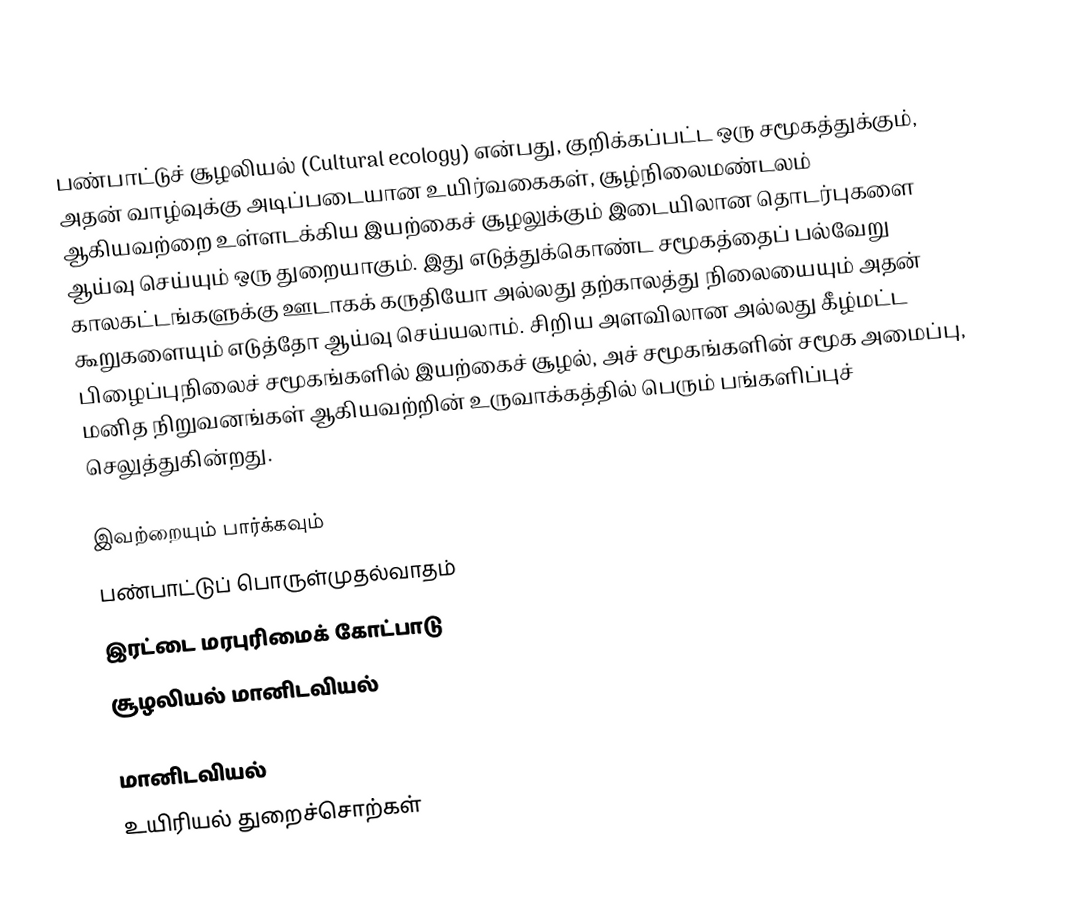
பண்பாட்டுச் சூழலியல் (Cultural ecology) என்பது, குறிக்கப்பட்ட ஒரு சமூகத்துக்கும், அதன் வாழ்வுக்கு அடிப்படையான உயிர்வகைகள், சூழ்நிலைமண்டலம் ஆகியவற்றை உள்ளடக்கிய இயற்கைச் சூழலுக்கும் இடையிலான தொடர்புகளை ஆய்வு செய்யும் ஒரு துறையாகும். இது எடுத்துக்கொண்ட சமூகத்தைப் பல்வேறு காலகட்டங்களுக்கு ஊடாகக் கருதியோ அல்லது தற்காலத்து நிலையையும் அதன் கூறுகளையும் எடுத்தோ ஆய்வு செய்யலாம். சிறிய அளவிலான அல்லது கீழ்மட்ட பிழைப்புநிலைச் சமூகங்களில் இயற்கைச் சூழல், அச் சமூகங்களின் சமூக அமைப்பு, மனித நிறுவனங்கள் ஆகியவற்றின் உருவாக்கத்தில் பெரும் பங்களிப்புச் செலுத்துகின்றது.

இவற்றையும் பார்க்கவும்
 பண்பாட்டுப் பொருள்முதல்வாதம்
 இரட்டை மரபுரிமைக் கோட்பாடு
 சூழலியல் மானிடவியல்

மானிடவியல்
உயிரியல் துறைச்சொற்கள்